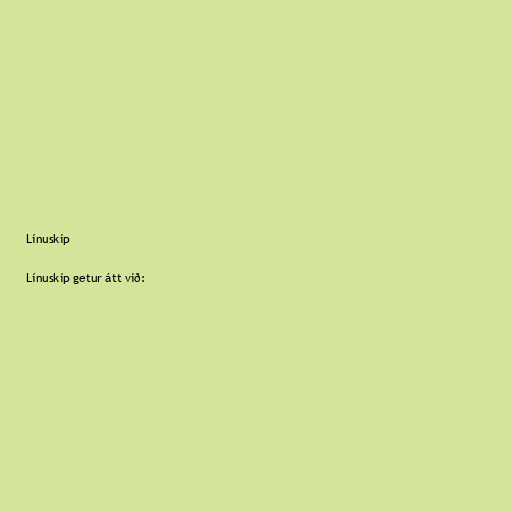
Línuskip

Línuskip getur átt við: